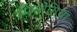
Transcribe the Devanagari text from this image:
मिसोग्लिया